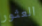
العثور